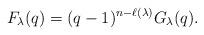
LaTeX: \begin{align*}F_\lambda(q) = (q-1)^{n-\ell(\lambda)}G_\lambda(q).\end{align*}